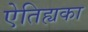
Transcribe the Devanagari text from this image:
ऐतिह्यका